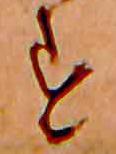
す